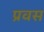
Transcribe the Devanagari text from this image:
प्रवस